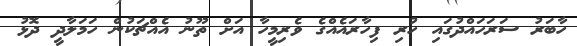
ހާބަރު ސަރަހައްދުގައި ހުރި ފިހާރައެއްގެ ވެރިމީހާ އަށް ތޫނު އެއްޗަކުން ހަމަލާދީ ދޮޅު